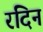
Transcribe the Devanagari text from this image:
रदिन